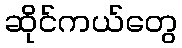
ဆိုင်ကယ်တွေ